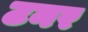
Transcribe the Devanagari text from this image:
टनर